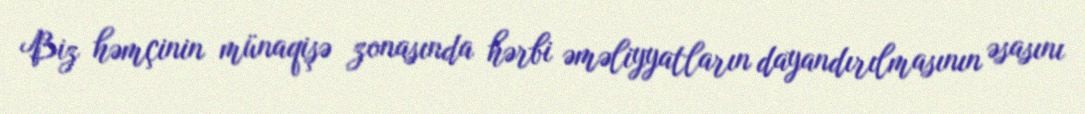
Biz həmçinin münaqişə zonasında hərbi əməliyyatların dayandırılmasının əsasını